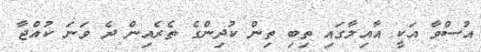
އުސްވާ އަކީ އާއިލާގައި ތިބި ތިން ކުދިންގެ ތެރެއިން ދެ ވަނަ ކުއްޖާ